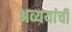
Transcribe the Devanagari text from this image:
अव्ययांची